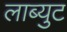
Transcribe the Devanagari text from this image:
लाब्युट